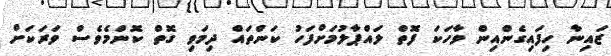
ޒައިނާ ހިފައިގެންއިން ވާހަކަ ފޮތް ލައްޕާލުމަށްފަހު ކަންތައް ދިމަވި ގޮތް ކޮންމެވެސް ވަރަކަށް